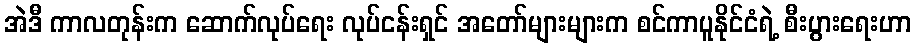
အဲဒီ ကာလတုန်းက ဆောက်လုပ်ရေး လုပ်ငန်းရှင် အတော်များများက စင်ကာပူနိုင်ငံရဲ့ စီးပွားရေးဟာ